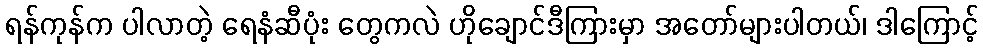
ရန်ကုန်က ပါလာတဲ့ ရေနံဆီပုံး တွေကလဲ ဟိုချောင်ဒီကြားမှာ အတော်များပါတယ်၊ ဒါကြောင့်